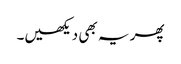
پھر یہ بھی دیکھیں۔